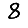
Digit: 8